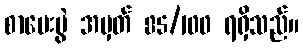
စာမေးပွဲ အမှတ် 85/100 ရရှိသည်။